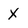
Character: X